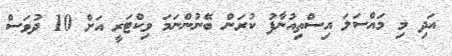
އަދި މި މައްސަލަ އިސްތިއުނާފު ކުރަން ބޭނުންނަމަ ވިކްޓަރީ އަށް 10 ދުވަސް